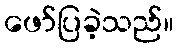
ဖော်ပြခဲ့သည်။